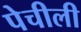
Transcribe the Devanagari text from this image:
पेचीली